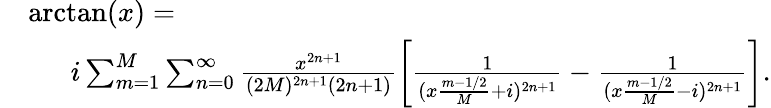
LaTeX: \begin{array}{rl}&{\arctan(x)=}\\ &{\enspace\quad i\sum_{m=1}^{M}\sum_{n=0}^{\infty}\frac{x^{2n+1}}{(2M)^{2n+1}(2n+1)}\left[\frac{1}{(x\frac{{m-1/2}}{M}+i)^{2n+1}}-\frac{1}{(x\frac{m-1/2}{M}-i)^{2n+1}}\right].}\end{array}